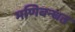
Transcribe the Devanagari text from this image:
मणिबन्धत